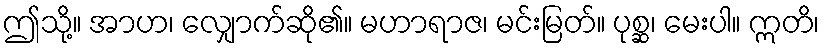
ဤသို့။ အာဟ၊ လျှောက်ဆို၏။ မဟာရာဇ၊ မင်းမြတ်။ ပုစ္ဆ၊ မေးပါ။ ဣတိ၊